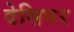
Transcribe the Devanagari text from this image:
देसिगर